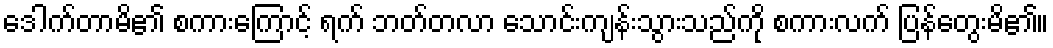
ဒေါက်တာမိ၏ စကားကြောင့် ရက် ဘတ်တလာ သောင်းကျန်းသွားသည်ကို စကားလက် ပြန်တွေးမိ၏။